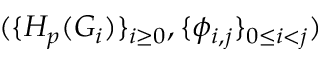
( \{ H _ { p } ( G _ { i } ) \} _ { i \ge 0 } , \{ \phi _ { i , j } \} _ { 0 \leq i < j } )